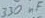
Text: 330nF